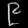
Digit: ၉